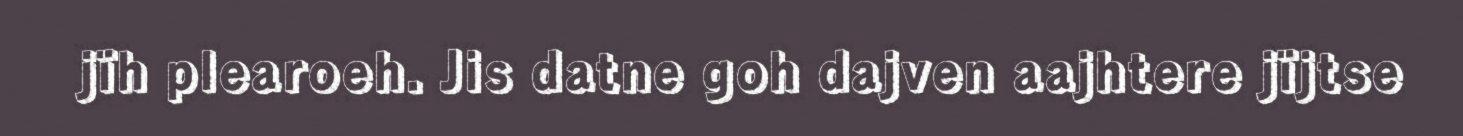
jïh plearoeh. Jis datne goh dajven aajhtere jïjtse